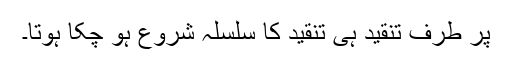
پر طرف تنقید ہی تنقید کا سلسلہ شروع ہو چکا ہوتا۔